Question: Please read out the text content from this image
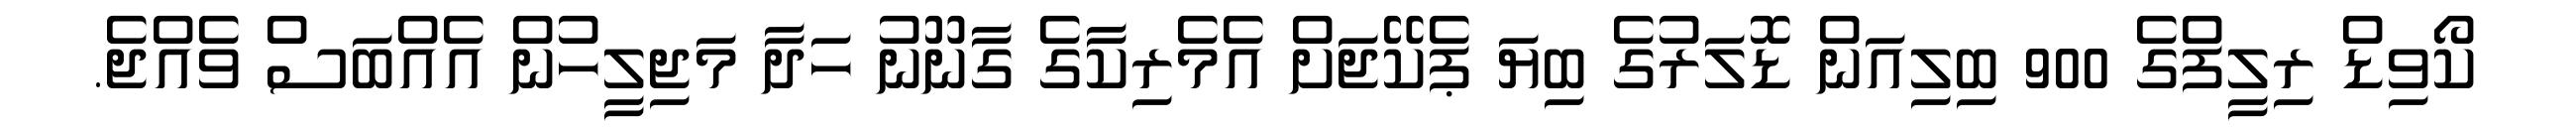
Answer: ކޯވިޑް ރިލީފްގެ 900 ބިލިއަން ޑޮލަރުގެ ބިޔަ ޕެކޭޖަށް އެމެރިކާގެ ގާނޫނު ހަދާ މަޖިލީހުން އެއްބަސް ވެއްޖެ.